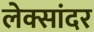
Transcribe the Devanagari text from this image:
लेक्सांदर